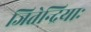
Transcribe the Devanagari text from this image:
जितेन्द्रियाः